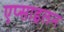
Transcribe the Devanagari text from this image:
एप्साइलन